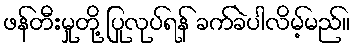
ဖန်တီးမှုတို့ ပြုလုပ်ရန် ခက်ခဲပါလိမ့်မည်။